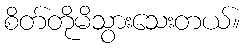
စိတ်တိုမိသွားသေးတယ်။